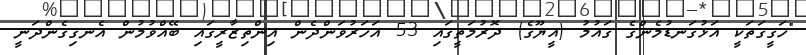
"ހަގީގަތަކީ އަޅުގަނޑުމެންގެ ގައުމު (އީޔޫގެ) ދޮރުމަތީގައި 53 އަހަރުވަންދެން އިންތިޒާރީގައި ބޭއްވުމުން އެނގިގެންދަނީ